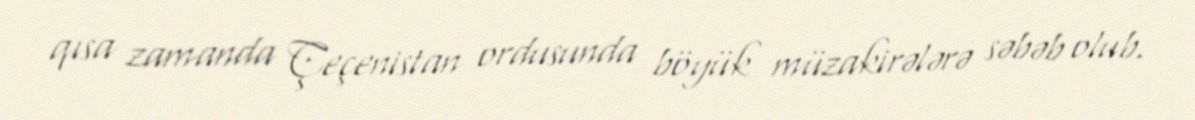
qısa zamanda Çeçenistan ordusunda böyük müzakirələrə səbəb olub.